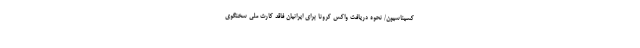
کسیناسیون/ نحوه دریافت واکس کرونا برای ایرانیان فاقد کارت ملی سخنگوی